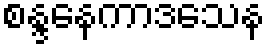
စန္ဒနေကာဒသေန